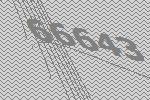
66643